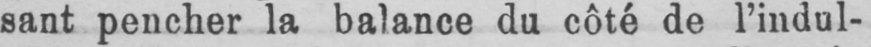
sant pencher la balance du côté de l’indul-